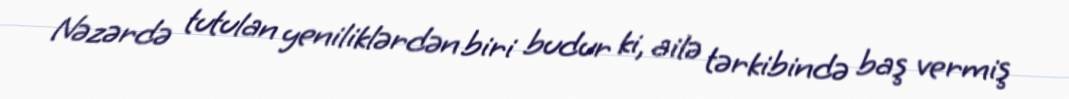
Nəzərdə tutulan yeniliklərdən biri budur ki, ailə tərkibində baş vermiş